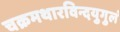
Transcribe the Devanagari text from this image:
चक्रमथारविन्दयुगुलं